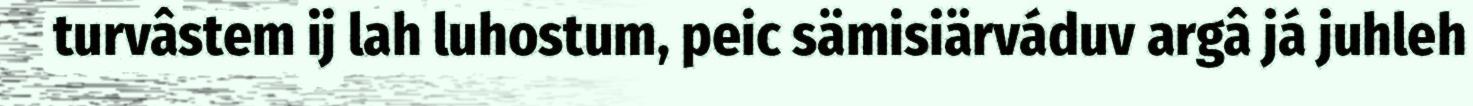
turvâstem ij lah luhostum, peic sämisiärváduv argâ já juhleh